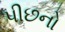
પીછનો